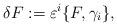
LaTeX: \begin{align*}\delta F := \varepsilon^{i} \{ F , \gamma_{i} \}, \end{align*}